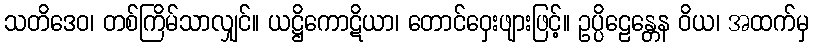
သတိဒေဝ၊ တစ်ကြိမ်သာလျှင်။ ယဋ္ဌိကောဋိယာ၊ တောင်ဝှေးဖျားဖြင့်။ ဥပ္ပိဠေန္တေန ဝိယ၊ အထက်မှ